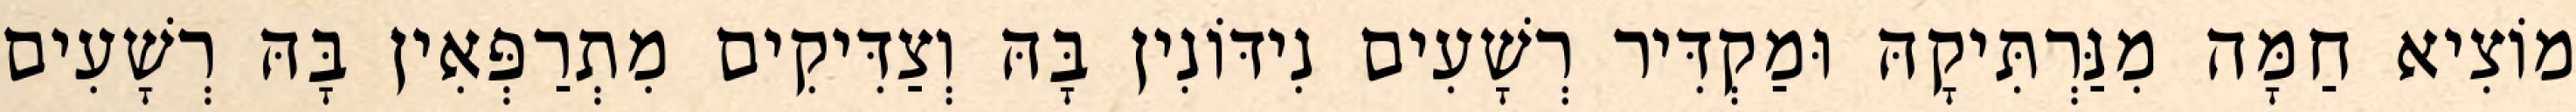
מוֹצִיא חַמָּה מִנַּרְתִּיקָהּ וּמַקְדִּיר רְשָׁעִים נִידּוֹנִין בָּהּ וְצַדִּיקִים מִתְרַפְּאִין בָּהּ רְשָׁעִים